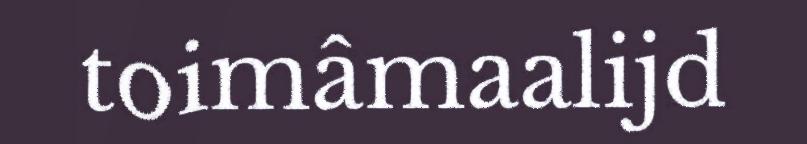
toimâmaalijd